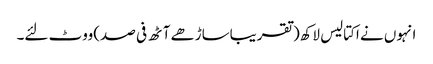
انہوں نے اکتالیس لاکھ(تقریباساڑھے آٹھ فی صد)ووٹ لئے۔